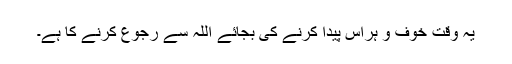
یہ وقت خوف و ہراس پیدا کرنے کی بجائے اللہ سے رجوع کرنے کا ہے۔